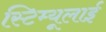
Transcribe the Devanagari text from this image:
स्टिम्यूलाई